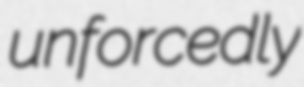
unforcedly